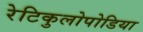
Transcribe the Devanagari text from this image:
रेटिकुलोपोडिया